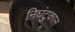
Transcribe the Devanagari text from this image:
निघंटुकाल